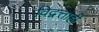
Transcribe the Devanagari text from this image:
विद्वत्ताही